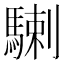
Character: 𩤲